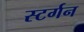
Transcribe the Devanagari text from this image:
स्टर्गन